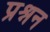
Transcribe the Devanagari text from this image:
प्रश्नन